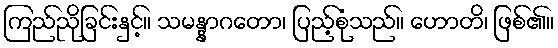
ကြည်ညိုခြင်းနှင့်။ သမန္နာဂတော၊ ပြည့်စုံသည်။ ဟောတိ၊ ဖြစ်၏။